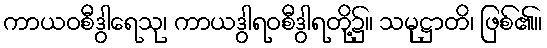
ကာယဝစီဒွါရေသု၊ ကာယဒွါရဝစီဒွါရတို့၌။ သမုဋ္ဌာတိ၊ ဖြစ်၏။